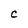
Character: C